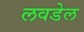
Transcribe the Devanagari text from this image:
लवडेल